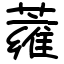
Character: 蕹